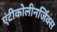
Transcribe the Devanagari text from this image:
एंटीकोलीनर्जिक्स